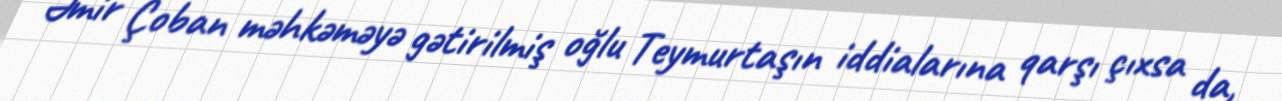
Əmir Çoban məhkəməyə gətirilmiş oğlu Teymurtaşın iddialarına qarşı çıxsa da,